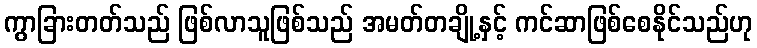
ကွာခြားတတ်သည် ဖြစ်လာသူဖြစ်သည် အမတ်တချို့နှင့် ကင်ဆာဖြစ်စေနိုင်သည်ဟု